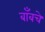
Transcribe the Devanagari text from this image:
बाँबचे